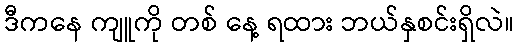
ဒီကနေ ကျူကို တစ် နေ့ ရထား ဘယ်နှစင်းရှိလဲ။